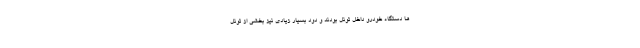
ها دستگاه خودرو داخل تونل بودند و دود بسیار زیادی نیز بخشی از تونل